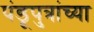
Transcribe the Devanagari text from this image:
पंडूपुत्रांच्या